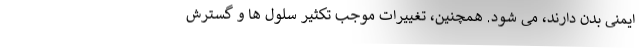
ایمنی بدن دارند، می شود. همچنین، تغییرات موجب تکثیر سلول ها و گسترش